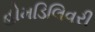
હોમડિલિવરી